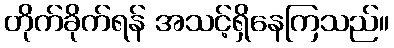
တိုက်ခိုက်ရန် အသင့်ရှိနေကြသည်။